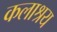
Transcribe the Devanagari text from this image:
कलाश्रय